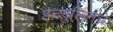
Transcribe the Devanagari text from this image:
इन्शुलिनचे